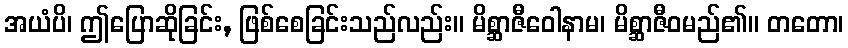
အယံပိ၊ ဤပြောဆိုခြင်း, ဖြစ်စေခြင်းသည်လည်း။ မိစ္ဆာဇီဝေါနာမ၊ မိစ္ဆာဇီဝမည်၏။ တတော၊